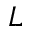
L